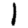
Digit: 1